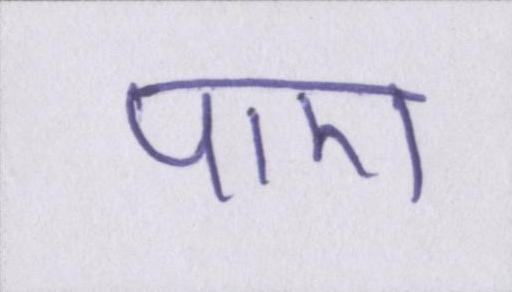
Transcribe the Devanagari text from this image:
पाए